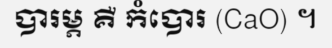
បារម្ភ គឺ កំបោរ (CaO) ។